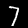
Label: 7